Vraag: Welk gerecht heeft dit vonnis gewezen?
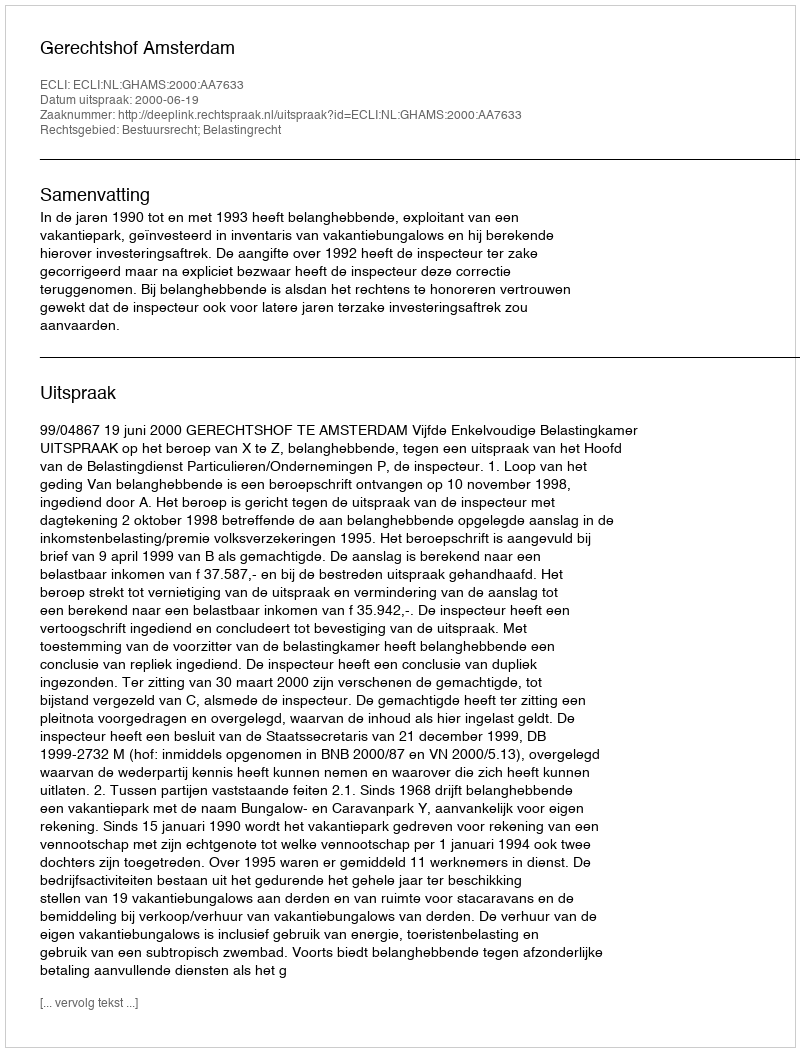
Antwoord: Gerechtshof Amsterdam